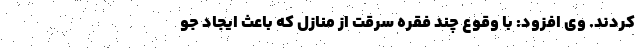
کردند. وی افزود: با وقوع چند فقره سرقت از منازل که باعث ایجاد جو